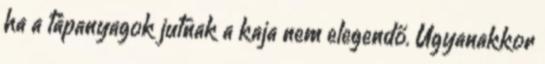
ha a tápanyagok jutnak a kaja nem elegendő. Ugyanakkor